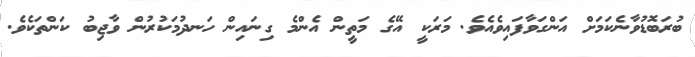
ބުރަބޮޑުވާނެކަމަށް އަންގަވާފައިވެއެވެ. މަރަކީ އޭގެ މަތީން އެންމެ ގިނައިން ހަނދުމަކުރުން ވާޖިބު ކަންތަކެވެ.